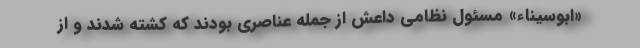
«ابوسیناء» مسئول نظامی داعش از جمله عناصری بودند که کشته شدند و از